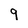
Character: 9